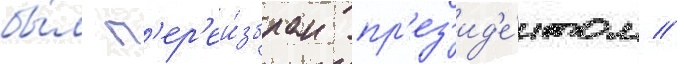
бы́л п'ер'еи́збран пр'ез'ид'е́нтом //